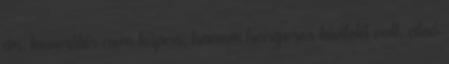
ún. keverőtér nem kúpos, hanem hengeres kivitelű volt, alsó